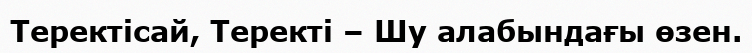
Теректісай, Теректі – Шу алабындағы өзен.